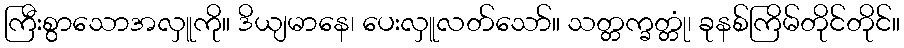
ကြီးစွာသောအလှူကို။ ဒိယျမာနေ၊ ပေးလှူလတ်သော်။ သတ္တက္ခတ္တုံ၊ ခုနစ်ကြိမ်တိုင်တိုင်။